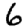
Digit: 6